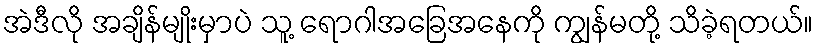
အဲဒီလို အချိန်မျိုးမှာပဲ သူ့ ရောဂါအခြေအနေကို ကျွန်မတို့ သိခဲ့ရတယ်။